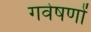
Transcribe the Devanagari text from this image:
गवेषणों